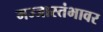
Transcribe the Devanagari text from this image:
मज्जास्तंभावर